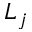
L _ { j }